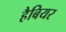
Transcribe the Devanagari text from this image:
हैबियर